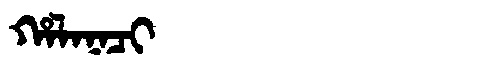
Manchu: ᡥᠠᠯᠠᠨᠠᠴᡳ
Romanization: HALANACI